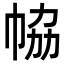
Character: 𢂐